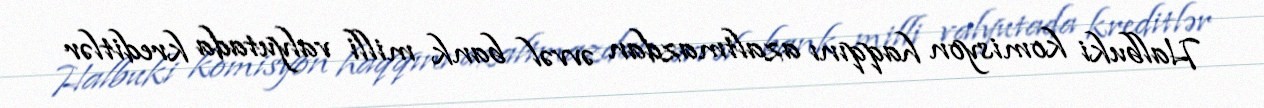
Halbuki komisyon haqqını azaltmazdan əvvəl bank milli valyutada kreditlər